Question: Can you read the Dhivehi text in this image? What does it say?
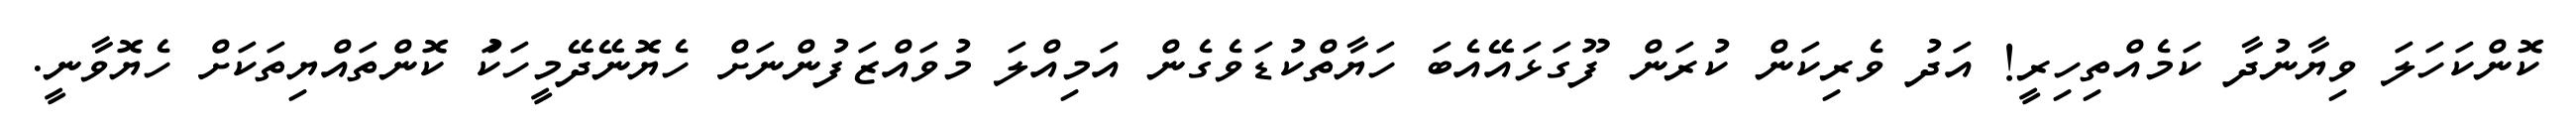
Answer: ކޮންކަހަލަ ވިޔާނުދާ ކަމެއްތިހިރީ! އަދު ވެރިކަން ކުރަން ފޫގަޅައޭއެބަ ހަޔާތްކުޑަވެގެން އަމިއްލަ މުވައްޒަފުންނަށް ހެޔޮނޭދޭމީހަކަު ކޮންތައްޔިތަކަށް ހެޔޮވާނީ.